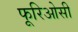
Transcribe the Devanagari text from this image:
फूरिओसी